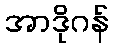
အာဒိုဂန်